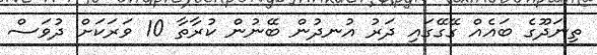
ތިނަދޫގެ ބައެއް ގޭގޭގައި ދަރު އުނދުން ބޭނުން ކުރާތާ 10 ވަރަކަށް ދުވަސް